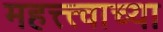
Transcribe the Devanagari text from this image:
महत्त्त्वाच्या